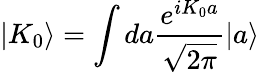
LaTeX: |K_{0}\rangle=\int da\frac{e^{iK_{0}a}}{\sqrt{2\pi}}|a\rangle